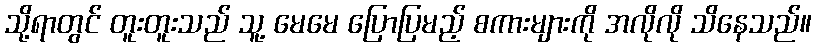
သို့ရာတွင် တူးတူးသည် သူ့ မေမေ ပြောပြမည့် စကားများကို အလိုလို သိနေသည်။